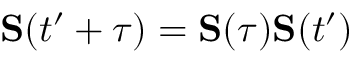
{ \bf \cal S } ( t ^ { \prime } + \tau ) = { \bf \cal S } ( \tau ) { \bf \cal S } ( t ^ { \prime } )